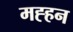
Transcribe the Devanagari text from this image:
मह्हन